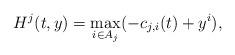
LaTeX: \begin{align*}H^j(t,y)=\max_{i\in A_j}(-c_{j,i}(t)+y^i),\end{align*}